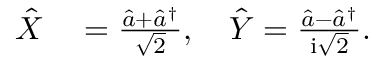
\begin{array} { r l } { \hat { X } } & { { } = \frac { \hat { a } + \hat { a } ^ { \dagger } } { \sqrt { 2 } } , \quad \hat { Y } = \frac { \hat { a } - \hat { a } ^ { \dagger } } { \mathrm { i } \sqrt { 2 } } . } \end{array}